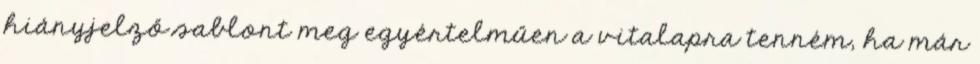
hiányjelző sablont meg egyértelműen a vitalapra tenném, ha már